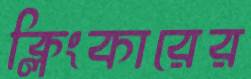
ক্লিংকারের